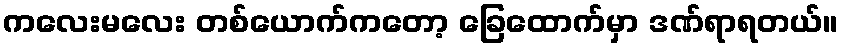
ကလေးမလေး တစ်ယောက်ကတော့ ခြေထောက်မှာ ဒဏ်ရာရတယ်။